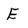
Character: E